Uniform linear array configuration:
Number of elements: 64
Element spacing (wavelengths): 0.5
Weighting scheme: blackman
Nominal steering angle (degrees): -15
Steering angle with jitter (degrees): -14.964
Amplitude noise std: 0.05
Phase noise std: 0.05

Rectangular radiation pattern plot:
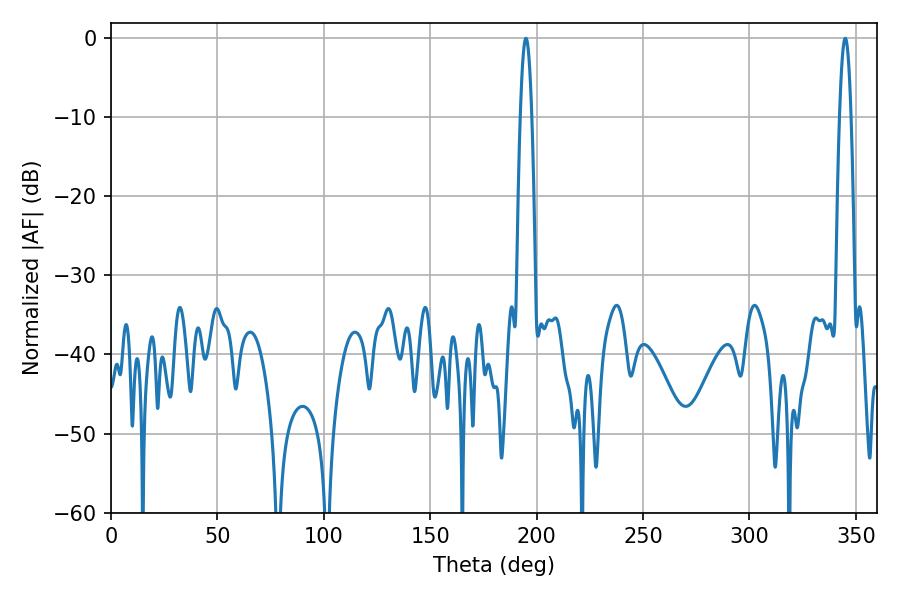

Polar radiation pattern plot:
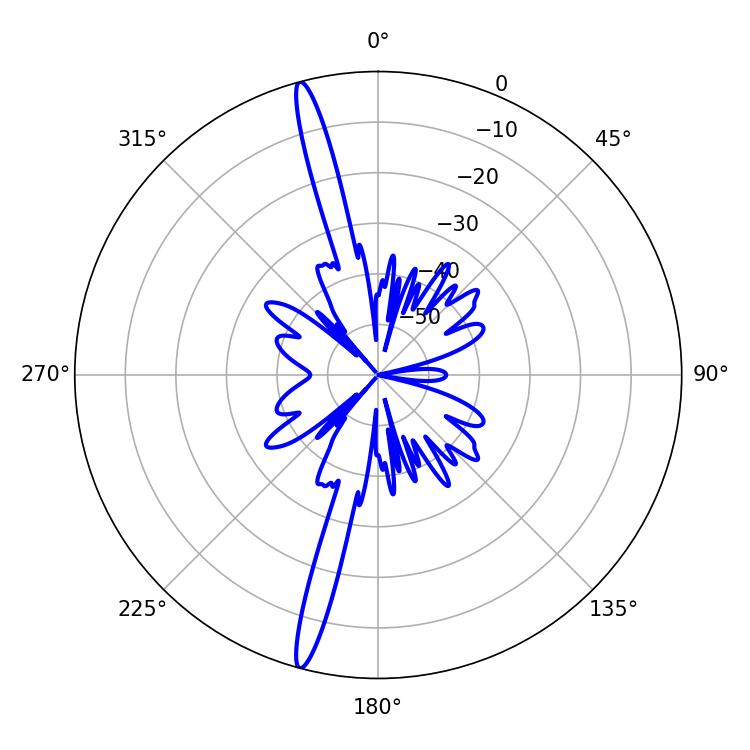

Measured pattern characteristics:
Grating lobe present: FALSE
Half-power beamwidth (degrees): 2.88
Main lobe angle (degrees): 194.94